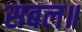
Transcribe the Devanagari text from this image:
सबल॥